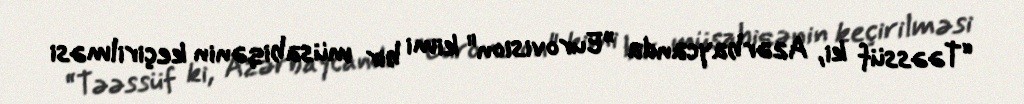
“Təəssüf ki, Azərbaycanda ”Eurovision" kimi bir müsabiqənin keçirilməsi